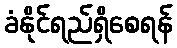
ခံနိုင်ရည်ရှိစေရန်